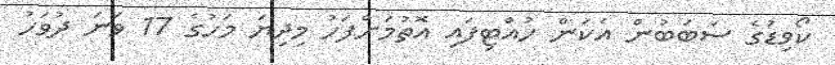
ކޯވިޑުގެ ސަބަބުން އެކަން ހުއްޓިފައި އޮތުމަށްފަހު މިދިޔަ މަހުގެ 17 ވަނަ ދުވަހު